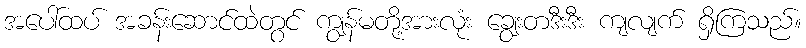
အပေါ်ထပ် အခန်းဆောင်ထဲတွင် ကျွန်မတို့အားလုံး ချွေးတဒီးဒီး ကျလျက် ရှိကြသည်။